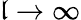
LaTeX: \mathfrak{l}\rightarrow\infty